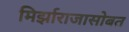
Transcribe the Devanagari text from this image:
मिर्झाराजासोबत